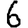
Digit: 6